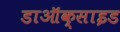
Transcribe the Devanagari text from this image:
डाऑक्साइड